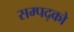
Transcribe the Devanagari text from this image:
सम्पद्को